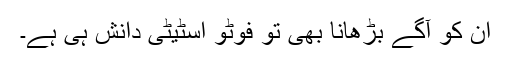
ان کو آگے بڑھانا بھی تو فوٹو اسٹیٹی دانش ہی ہے۔